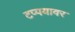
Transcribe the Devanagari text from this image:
टप्पयावर